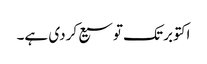
اکتوبر تک توسیع کردی ہے۔